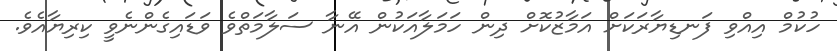
ހުކުމް އިއްވި ފަނޑިޔާރަކަށް އަމާޒުކޮށް ދިން ހަމަލާއަކުން އޭނާ ސަލާމަތްވެ ވަޑައިގެންނެވީ ކިރިޔާއެވެ.